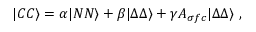
| C C \rangle = \alpha | N N \rangle + \beta | \Delta \Delta \rangle + \gamma { \cal A } _ { \sigma f c } | \Delta \Delta \rangle \ ,